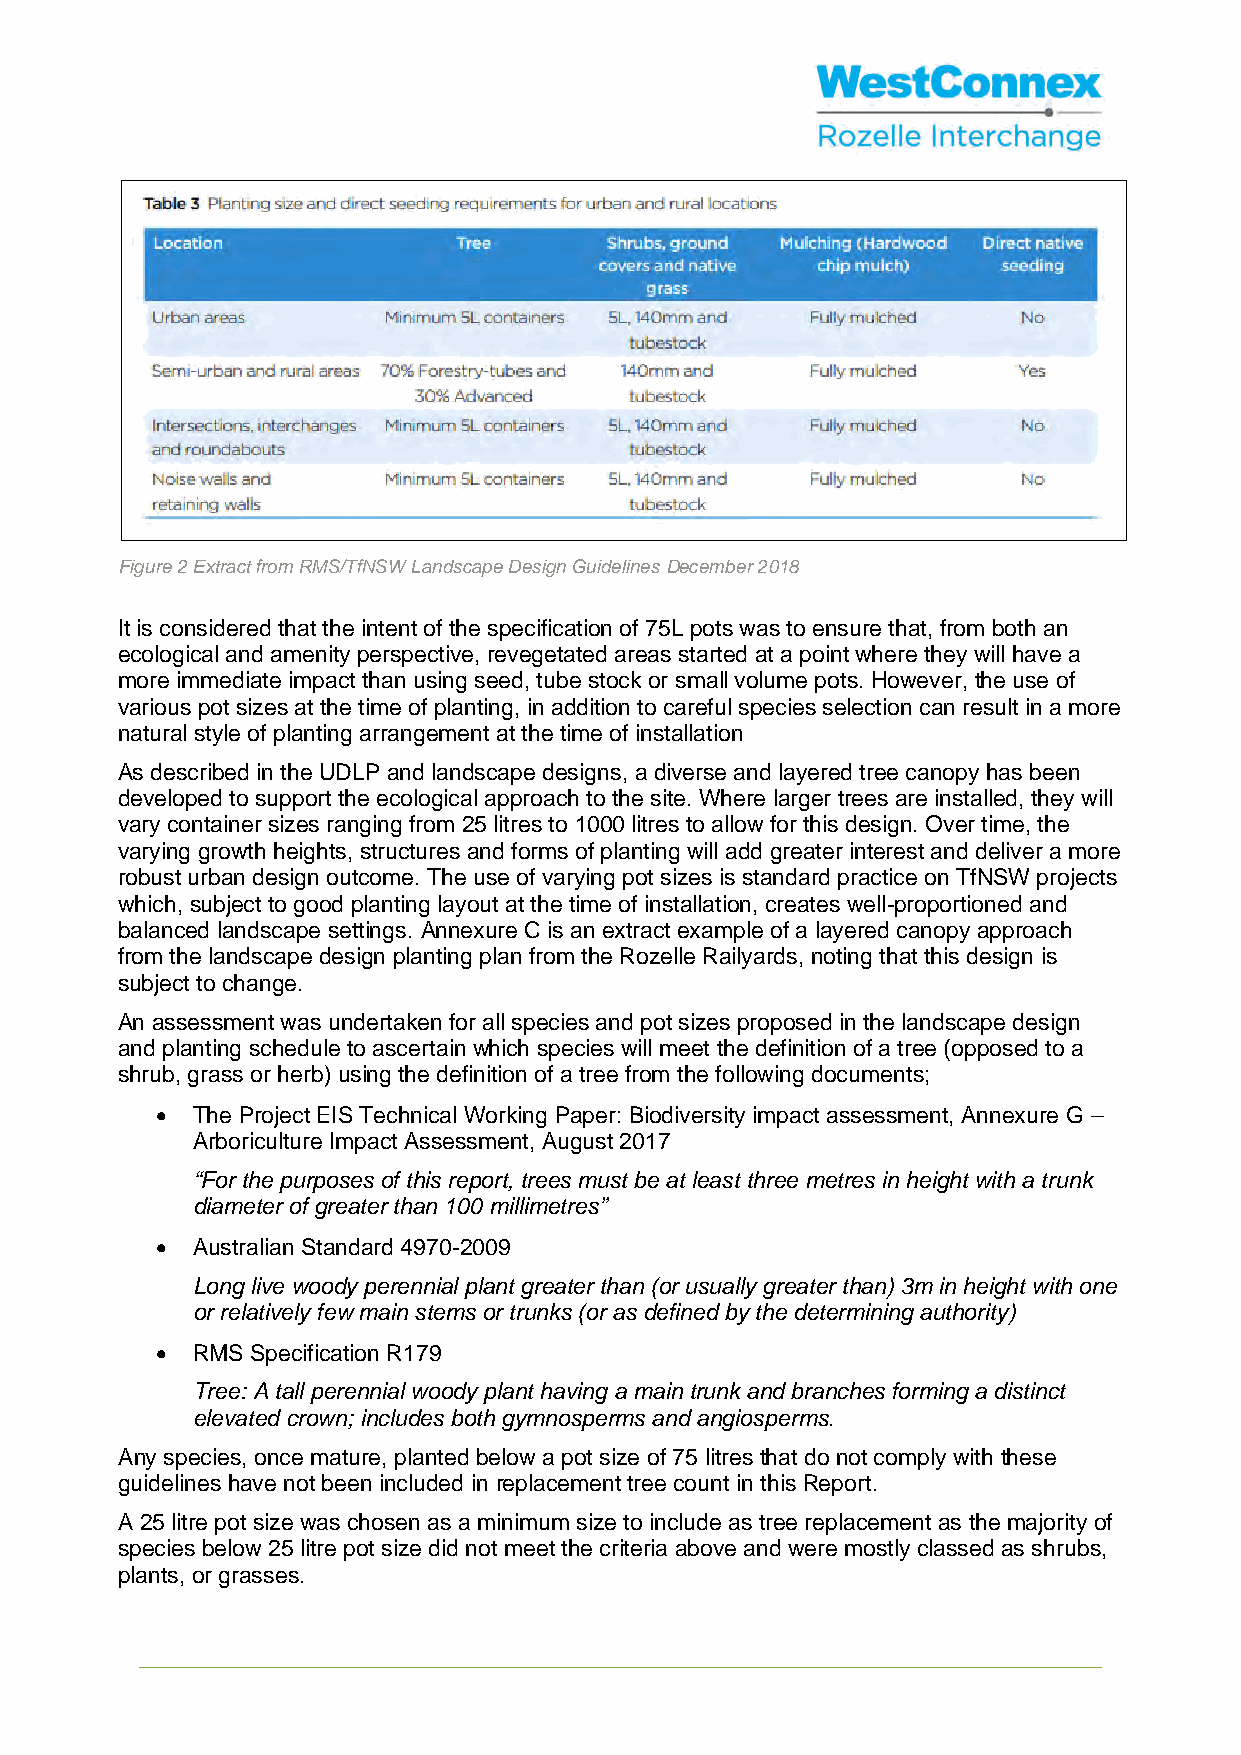
Figure 2 Extract from RMS/TfNSW Landscape Design Guidelines December 2018
 It is considered that the intent of the specification of 75L pots was to ensure that, from both an
 ecological and amenity perspective, revegetated areas started at a point where they will have a
 more immediate impact than using seed, tube stock or small volume pots. However, the use of
 various pot sizes at the time of planting, in addition to careful species selection can result in a more
 natural style of planting arrangement at the time of installation
 As described in the UDLP and landscape designs, a diverse and layered tree canopy has been
 developed to support the ecological approach to the site. Where larger trees are installed, they will
 vary container sizes ranging from 25 litres to 1000 litres to allow for this design. Over time, the
 varying growth heights, structures and forms of planting will add greater interest and deliver a more
 robust urban design outcome. The use of varying pot sizes is standard practice on TfNSW projects
 which, subject to good planting layout at the time of installation, creates well-proportioned and
 balanced landscape settings. Annexure C is an extract example of a layered canopy approach
 from the landscape design planting plan from the Rozelle Railyards, noting that this design is
 subject to change.
 An assessment was undertaken for all species and pot sizes proposed in the landscape design
 and planting schedule to ascertain which species will meet the definition of a tree (opposed to a
 shrub, grass or herb) using the definition of a tree from the following documents;
 •  The Project EIS Technical Working Paper: Biodiversity impact assessment, Annexure G –
 Arboriculture Impact Assessment, August 2017
 “For the purposes of this report, trees must be at least three metres in height with a trunk
 diameter of greater than 100 millimetres”
 •  Australian Standard 4970-2009
 Long live woody perennial plant greater than (or usually greater than) 3m in height with one
 or relatively few main stems or trunks (or as defined by the determining authority)
 •  RMS Specification R179
 Tree: A tall perennial woody plant having a main trunk and branches forming a distinct
 elevated crown; includes both gymnosperms and angiosperms.
 Any species, once mature, planted below a pot size of 75 litres that do not comply with these
 guidelines have not been included in replacement tree count in this Report.
 A 25 litre pot size was chosen as a minimum size to include as tree replacement as the majority of
 species below 25 litre pot size did not meet the criteria above and were mostly classed as shrubs,
 plants, or grasses.